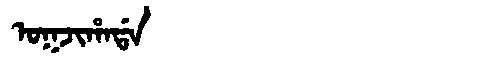
Manchu: ᠣᡴᠵᡳᡥᠠᡩᠠ
Romanization: OKJIHADA